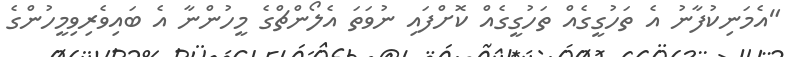
"އެމަނިކުފާނު އެ ތަހުގީގެއް ތަހުގީގެއް ކޮށްފައި ނުވަތަ އެލޯންޗްގެ މީހުންނާ އެ ބައިވެރިވިމީހުންގެ